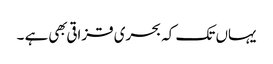
یہاں تک کہ بحری قزاقی بهی ہے ۔